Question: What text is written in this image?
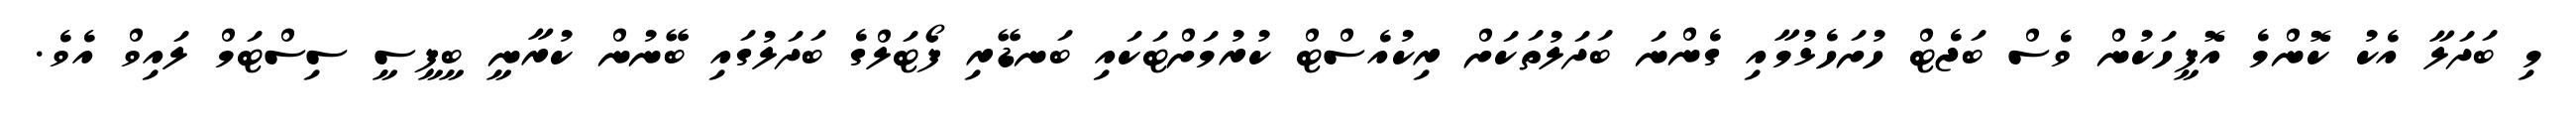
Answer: މި ބަދަލާ އެކު ކޮންމެ އޮފީހަކުން ވެސް ބަޖެޓް ހުށަހެޅުމާއި ގެންނަ ބަދަލުތަކަށް ރިކުއެސްޓް ކުރުމަށްޓަކައި ބަނޑޭރި ފޯޓަލްގެ ބަދަލުގައި ބޭނުން ކުރާނީ ބީޕީސީ ސިސްޓަމް ލައިވް އެވެ.